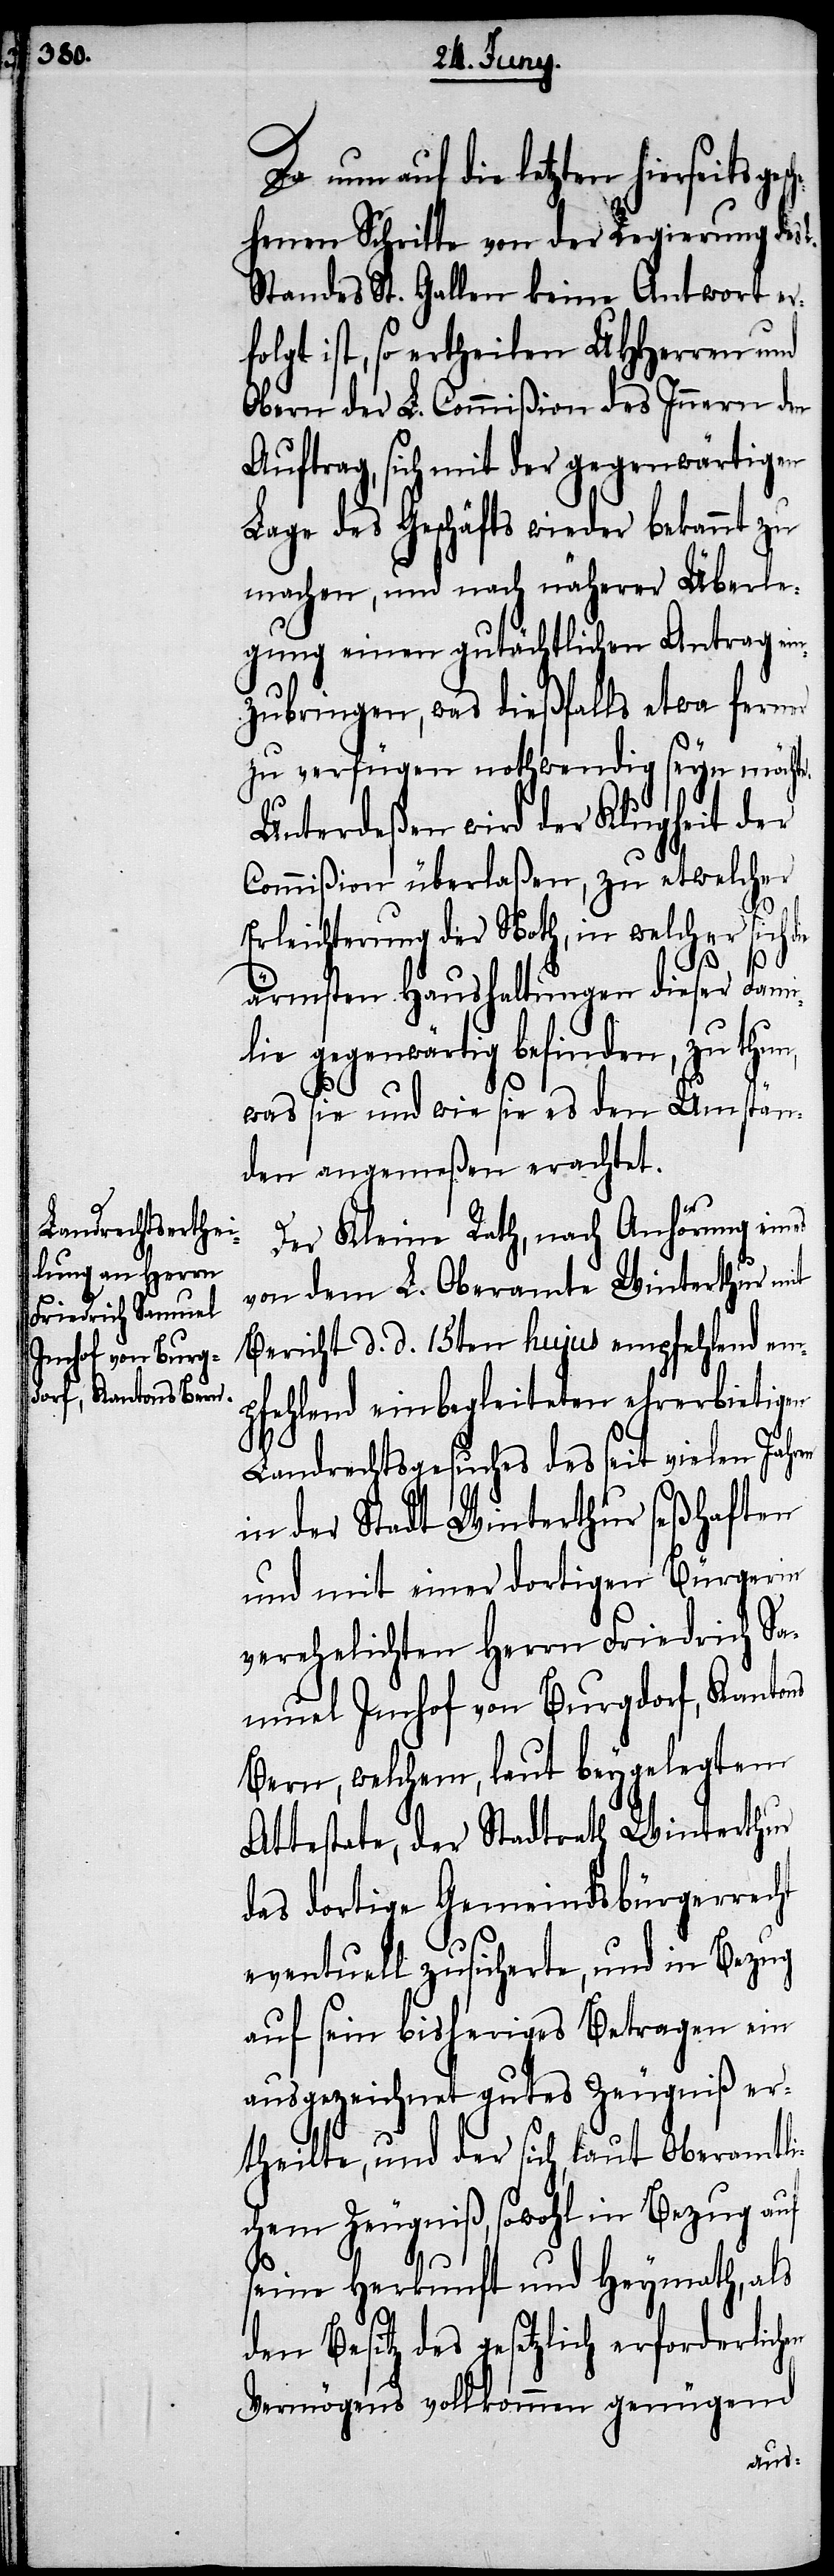
begleiteten ehrerbietigen
schehenen Schritte von der Regierung des
Standes St. Gallen keine Antwort er¬
folgt ist, so ertheilen UHHerren und
Obern der L. Commißion des Innern den
Auftrag, sich mit der gegenwärtigen
Lage des Geschäfts wieder bekannt zu
machen, und nach näherer Überle¬
gung einen gutächtlichen Antrag ein¬
zubringen, was dießfalls etwa ferner
zu verfügen nothwendig seyn möcht¬
Unterdeßen wird der Klugheit der
Commißion überlaßen, zu etwelcher
Erleichterung der Noth, in welcher sich d¬
e.
es
ärmsten Haushaltungen dieser Fami¬
lie gegenwärtig befinden, zu thu¬
was sie und wie sie es den Umstän¬
den angemeßen erachtet.
Der Kleine Rath, nach Anhörung ein¬
von dem L. Oberamte Winterthur mit
Bericht d. d. 15ten hujus empfehlend ein¬
Landrechtsgesuches des seit vielen Jahren
in der Stadt Winterthur seßhaften
und mit einer dortigen Bürgerin
verehelichten Herrn Friedrich Sa¬
muel Imhof von Burgdorf, Kantons
Bern, welchem, laut beygelegtem
Attestate, der Stadtrath Winterthur
das dortige Gemeindsbürgerrecht
eventuell zusicherte, und in Bezug
auf sein bisheriges Betragen ein
ausgezeichnetes gutes Zeugniß er¬
theilte, und der sich, laut Oberamtli¬
chem Zeugniß, sowohl in Bezug auf
seine Herkunft und Heymath, als
den Besitz des gesetzlich erforderlichen
Vermögens vollkommen genügend